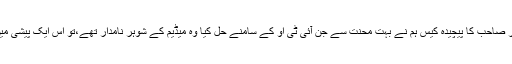
سب سے اہم بات یہ نکلی،کہ گزشتہ دنوں میں ایک ٹھیکیدار صاحب کا پیچیدہ کیس ہم نے بہت محنت سے جن آئی ٹی او کے سامنے حل کیا وہ میڈیم کے شوہر نامدار تھے،تو اس ایک پیشی میں تلخی تو ہوئی لیکن میڈم کو ہم نے بہت ذہین اور فہیم پایا ۔